Punjab Mental Hospital Lahore 1922-31 - 1922-1931
Year: 1922
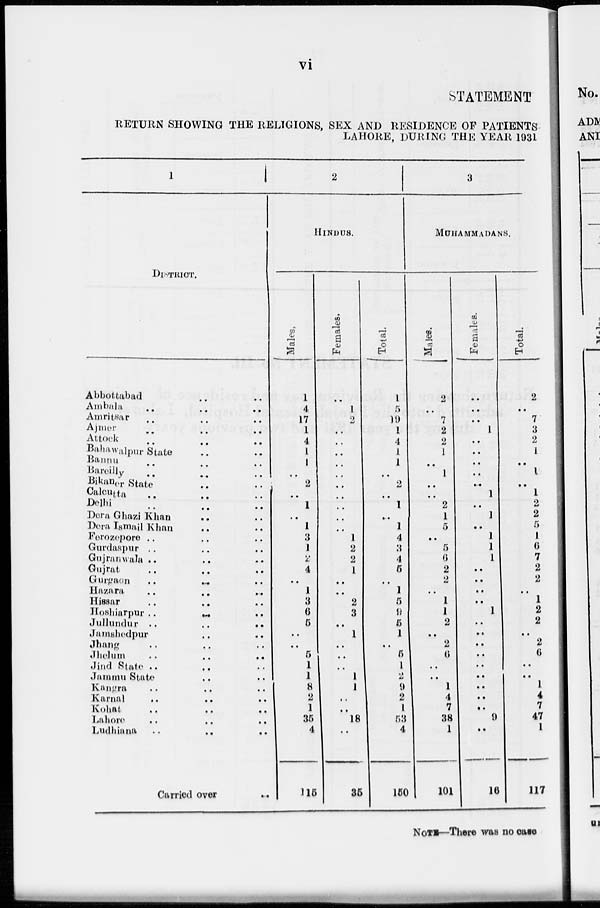
vi
STATEMENT
RETURN SHOWING THE RELIGIONS, SEX AND RESIDENCE OF PATIENTS
LAHORE, DURING THE YEAR 1981
1
DISTRICT.
Abbottabad .. .. ..
Ambala .. .. ..
Amritsar
..
..
..
Aimer
..
..
..
Attock .. .. ..
Bahawalpur State .. ..
Bannu
..
..
..
Bareilly
..
..
..
Bikaner State .. .. ..
Calcutta .. .. ..
Delhi
..
..
..
Dera Ghazi Khan .. ..
Dera Ismail Khan .. ..
Ferozepore .. .. ..
Gurdaspur .. .. ..
Gujranwala .. .. ..
Gujrat .. .. ..
Gurgaon .. .. ..
Hazara .. .. ..
Hissar .. .. ..
Hoshiarpur .. .. ..
Jullundur
..
..
..
Jamshedpur .. .. ..
Jhang
..
..
..
Jhelum
..
..
..
Jind State .. .. ..
Jammu State .. .. ..
Kangra
..
..
..
Karnal
..
..
..
Kohat
..
..
..
Lahore
..
..
..
Ludhiana .. .. ..
Carried over ..
2
HINDUS.
Males.
1
4
17
1
4
1
1
..
2
..
1
..
1
3
1
2
4
..
1
3
6
5
..
..
5
1
1
8
2
1
35
4
115
Females.
..
1
2
..
..
..
..
..
..
..
..
..
..
1
2
2
1
..
..
2
3
..
1
..
..
..
1
1
..
..
18
..
35
Total.
1
5
19
1
4
1
1
..
2
..
1
..
1
4
3
4
5
..
1
5
9
5
1
..
5
1
2
9
2
1
53
4
150
3
MUHAMMADANS.
Males.
2
..
7
2
2
1
..
1
..
..
2
1
5
..
5
6
2
2
..
1
1
2
..
2
6
..
..
1
4
7
38
1
101
Females.
..
..
..
1
..
..
..
..
..
1
..
1
..
1
1
1
..
..
..
..
1
..
..
..
..
..
..
..
..
..
9
..
16
Total.
2
..
7
3
2
1
..
1
..
1
2
2
5
1
6
7
2
2
..
1
2
2
..
2
6
..
..
1
4
7
47
1
117
NOTE—There was no case